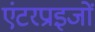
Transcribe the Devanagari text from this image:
एंटरप्राइजों